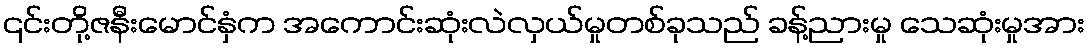
၎င်းတို့ဇနီးမောင်နှံက အကောင်းဆုံးလဲလှယ်မှုတစ်ခုသည် ခန့်ညားမှု သေဆုံးမှုအား